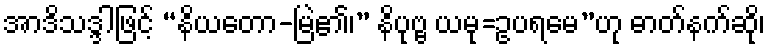
အာဒိသဒ္ဒါဖြင့် “နိယတော-မြဲ၏၊” နိပုဗ္ဗ ယမု=ဥပရမေ”ဟု ဓာတ်နက်ဆို၊